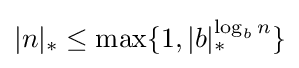
|n|_{*}\leq \max\{1,|b|_{*}^{\log _{b}n}\}